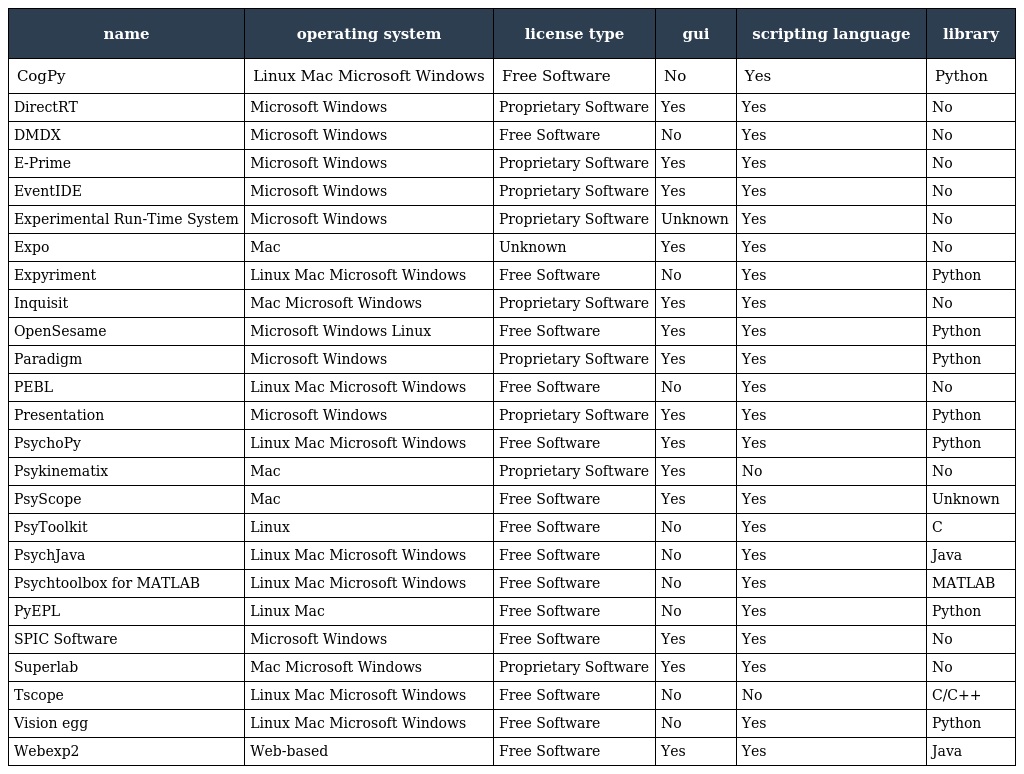
| name | operating system | license type | gui | scripting language | library |
 | --- | --- | --- | --- | --- | --- |
 | CogPy | Linux Mac Microsoft Windows | Free Software | No | Yes | Python |
 | DirectRT | Microsoft Windows | Proprietary Software | Yes | Yes | No |
 | DMDX | Microsoft Windows | Free Software | No | Yes | No |
 | E-Prime | Microsoft Windows | Proprietary Software | Yes | Yes | No |
 | EventIDE | Microsoft Windows | Proprietary Software | Yes | Yes | No |
 | Experimental Run-Time System | Microsoft Windows | Proprietary Software | Unknown | Yes | No |
 | Expo | Mac | Unknown | Yes | Yes | No |
 | Expyriment | Linux Mac Microsoft Windows | Free Software | No | Yes | Python |
 | Inquisit | Mac Microsoft Windows | Proprietary Software | Yes | Yes | No |
 | OpenSesame | Microsoft Windows Linux | Free Software | Yes | Yes | Python |
 | Paradigm | Microsoft Windows | Proprietary Software | Yes | Yes | Python |
 | PEBL | Linux Mac Microsoft Windows | Free Software | No | Yes | No |
 | Presentation | Microsoft Windows | Proprietary Software | Yes | Yes | Python |
 | PsychoPy | Linux Mac Microsoft Windows | Free Software | Yes | Yes | Python |
 | Psykinematix | Mac | Proprietary Software | Yes | No | No |
 | PsyScope | Mac | Free Software | Yes | Yes | Unknown |
 | PsyToolkit | Linux | Free Software | No | Yes | C |
 | PsychJava | Linux Mac Microsoft Windows | Free Software | No | Yes | Java |
 | Psychtoolbox for MATLAB | Linux Mac Microsoft Windows | Free Software | No | Yes | MATLAB |
 | PyEPL | Linux Mac | Free Software | No | Yes | Python |
 | SPIC Software | Microsoft Windows | Free Software | Yes | Yes | No |
 | Superlab | Mac Microsoft Windows | Proprietary Software | Yes | Yes | No |
 | Tscope | Linux Mac Microsoft Windows | Free Software | No | No | C/C++ |
 | Vision egg | Linux Mac Microsoft Windows | Free Software | No | Yes | Python |
 | Webexp2 | Web-based | Free Software | Yes | Yes | Java |